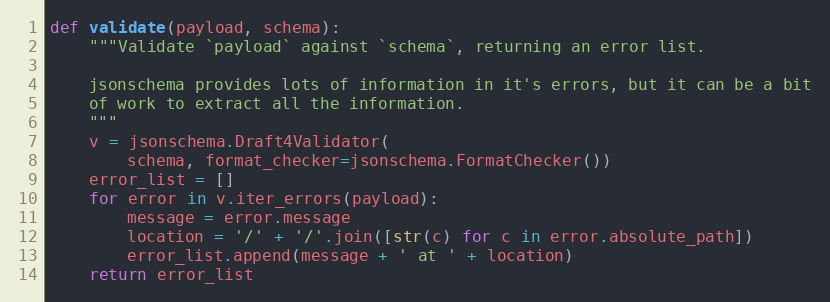
Language: Python
def validate(payload, schema):
    """Validate `payload` against `schema`, returning an error list.

    jsonschema provides lots of information in it's errors, but it can be a bit
    of work to extract all the information.
    """
    v = jsonschema.Draft4Validator(
        schema, format_checker=jsonschema.FormatChecker())
    error_list = []
    for error in v.iter_errors(payload):
        message = error.message
        location = '/' + '/'.join([str(c) for c in error.absolute_path])
        error_list.append(message + ' at ' + location)
    return error_list